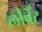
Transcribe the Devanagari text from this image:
लीवैंट